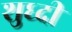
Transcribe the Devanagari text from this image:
शुध्दी